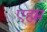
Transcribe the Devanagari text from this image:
एहम